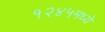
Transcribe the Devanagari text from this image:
१२४५मध्ये